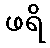
ဖရိ